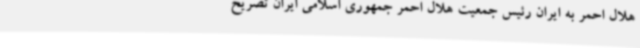
هلال احمر به ایران رئیس جمعیت هلال احمر جمهوری اسلامی ایران تصریح